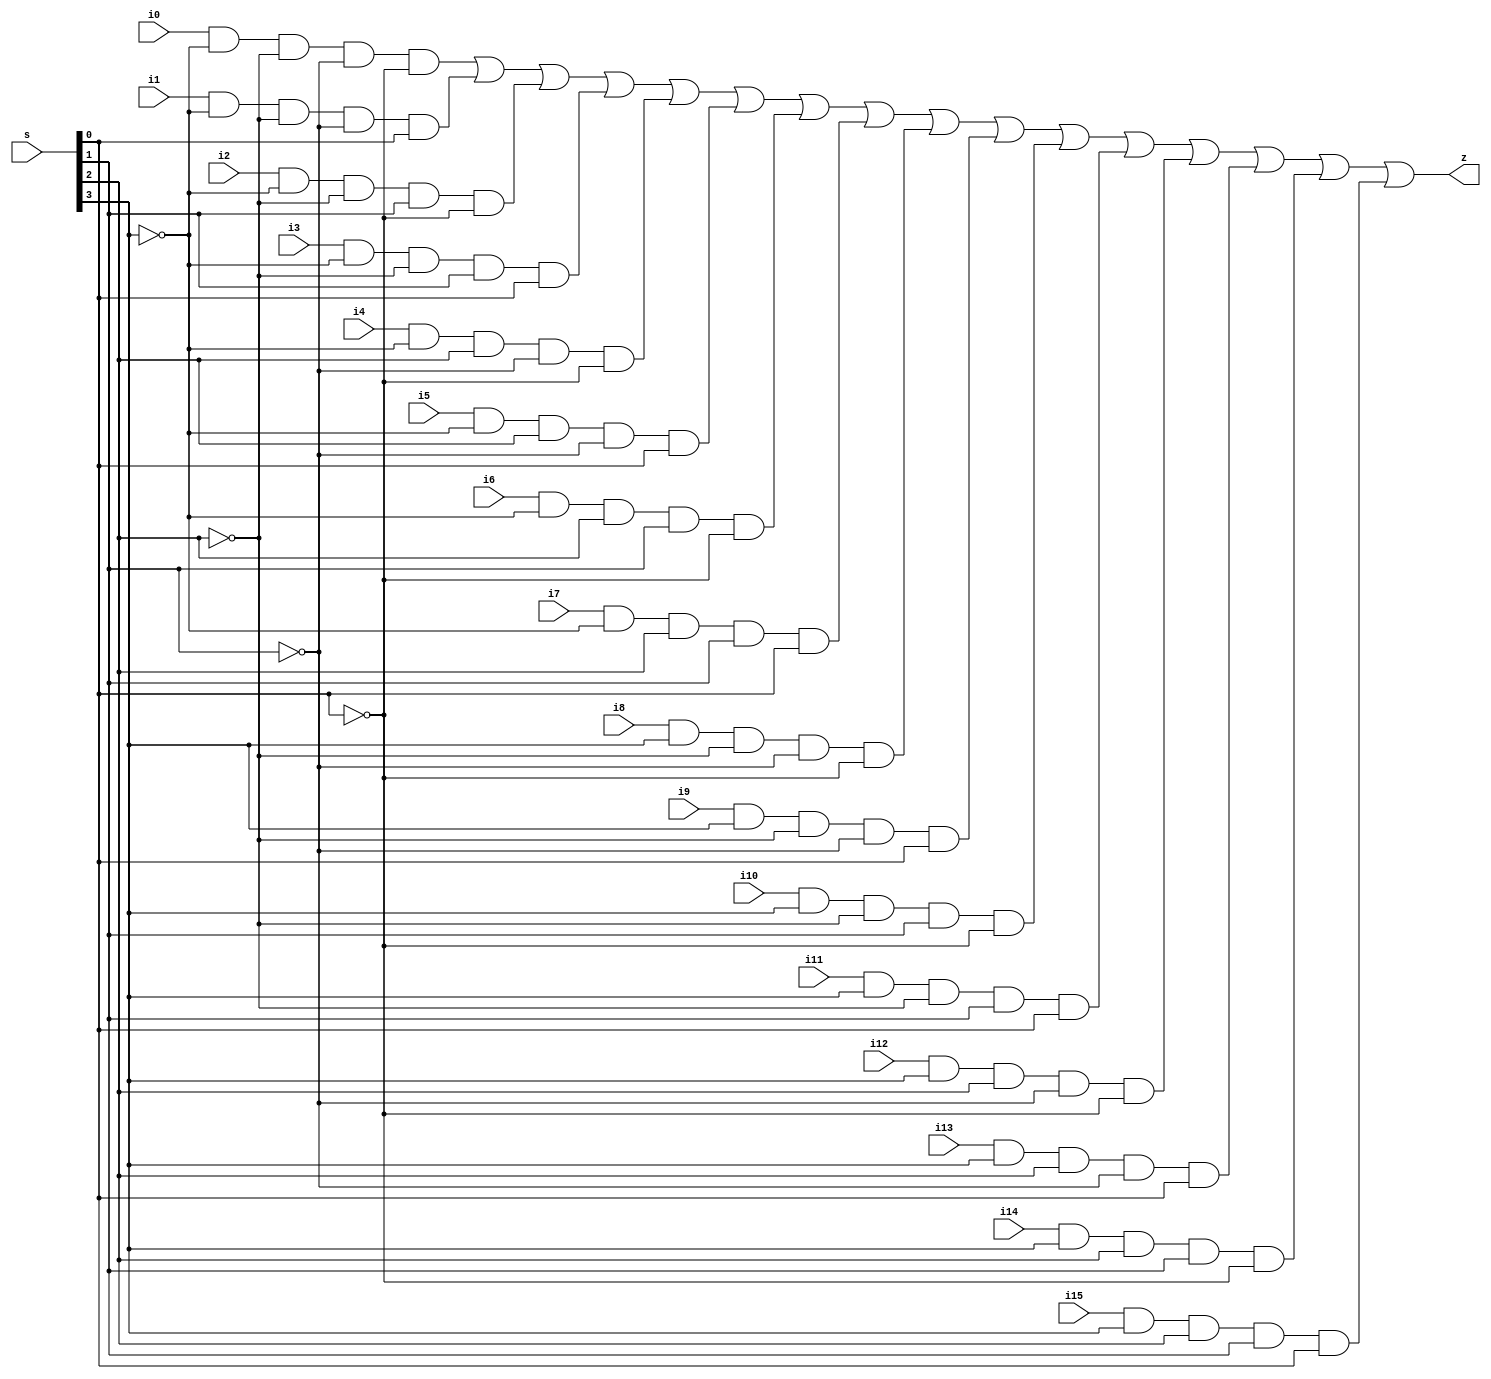
module mux_16to1 (
  input [3:0] s,
  input  i15, i14, i13, i12, i11, i10, i9, i8, i7,i6, i5, i4, i3, i2, i1, i0,
  output z);
wire int0 , int1 , int2 , int3 , int4 , int5 , int6 , int7; 
wire int8 , int9 , int10, int11, int12, int13, int14, int15;
not (s0_bar, s[0]);
not (s1_bar, s[1]);
not (s2_bar, s[2]);
not (s3_bar, s[3]);
and(int0 , i0 , s3_bar , s2_bar , s1_bar , s0_bar );
and(int1 , i1 , s3_bar , s2_bar , s1_bar , s[0]   );
and(int2 , i2 , s3_bar , s2_bar , s[1]   , s0_bar );
and(int3 , i3 , s3_bar , s2_bar , s[1]   , s[0]   );
and(int4 , i4 , s3_bar , s[2]   , s1_bar , s0_bar );
and(int5 , i5 , s3_bar , s[2]   , s1_bar , s[0]   );
and(int6 , i6 , s3_bar , s[2]   , s[1]   , s0_bar );
and(int7 , i7 , s3_bar , s[2]   , s[1]   , s[0]   );
and(int8 , i8 , s[3]   , s2_bar , s1_bar , s0_bar );
and(int9 , i9 , s[3]   , s2_bar , s1_bar , s[0]   );
and(int10, i10, s[3]   , s2_bar , s[1]   , s0_bar );
and(int11, i11, s[3]   , s2_bar , s[1]   , s[0]   );
and(int12, i12, s[3]   , s[2]   , s1_bar , s0_bar );
and(int13, i13, s[3]   , s[2]   , s1_bar , s[0]   );
and(int14, i14, s[3]   , s[2]   , s[1]   , s0_bar );
and(int15, i15, s[3]   , s[2]   , s[1]   , s[0]   );
or (z, int0, int1, int2, int3, int4, int5, int6, int7, int8, int9, int10, int11, int12, int13, int14, int15); 
endmodule